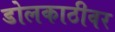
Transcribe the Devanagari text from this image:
डोलकाठीवर